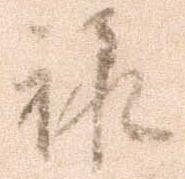
禄